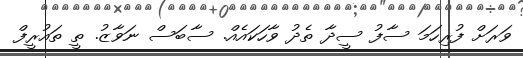
ވަރަށް ފުރިހަމަ ސާފު ސީދާ ތެދު ވާހަކައެއް. ސާބަސް ނަވާޒު. ތީ ތައުރީފް